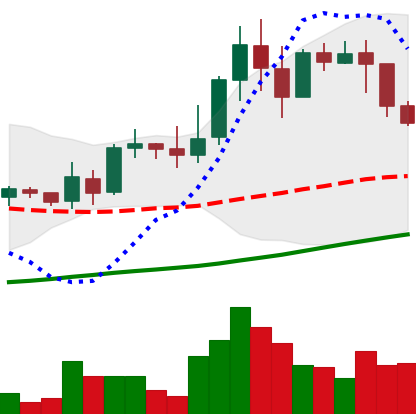
Ticker: LINK-USD
Chart end date: 2019-04-10
Forward return: -5.39%
Label: down_5_7